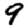
Digit: 9